Provision of milk for school children, 1934
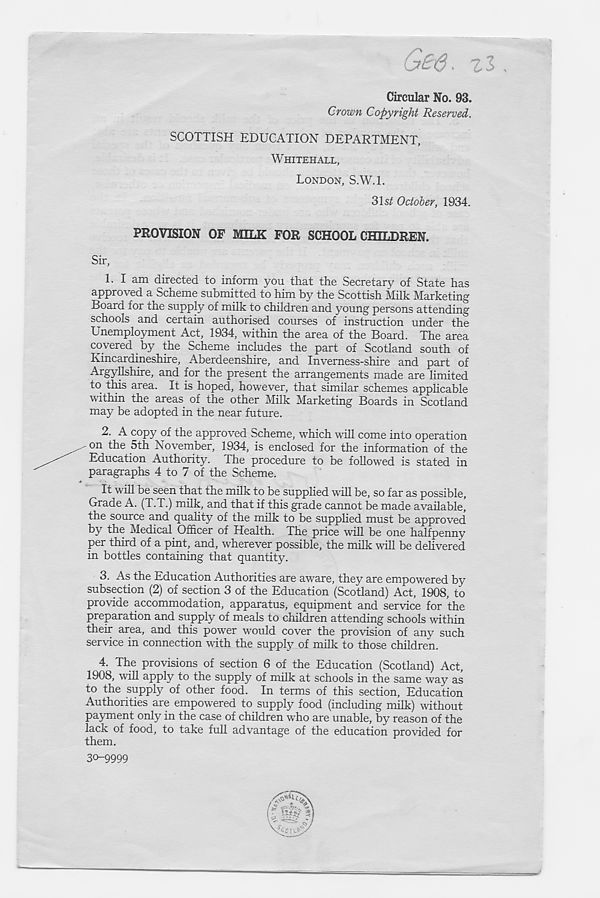
GB^, zi
Circular No. 93.
Crown Copyright Reserved.
SCOTTISH EDUCATION DEPARTMENT,
WHITEHALL,
LONDON, S.W.l.
31st October, 1934.
PROVISION OF MILK FOR SCHOOLCHILDREN.
Sir,
1. I am directed to inform you that the Secretary of State has
approved a Scheme submitted to him by the Scottish Milk Marketing
Board for the supply of milk to children and young persons attending
schools and certain authorised courses of instruction under the
Unemployment Act, 1934, within the area of the Board. The area
covered by the Scheme includes the part of Scotland south of
Kincardineshire, Aberdeenshire, and Inverness-shire and part of
Argyllshire, and for the present the arrangements made are limited
to this area. It is hoped, however, that similar schemes applicable
within the areas of the other Milk Marketing Boards in Scotland
may be adopted in the near future.
2. A copy of the approved Scheme, which will come into operation
on the 5th November, 1934, is enclosed for the information of the
Education Authority. The procedure to be followed is stated in
paragraphs 4 to 7 of the Scheme.
It will be seen that the milk to be supplied will be, so far as possible.
Grade A. (T.T.) milk, and that if this grade cannot be made available,
the source and quality of the milk to be supplied must be approved
by the Medical Officer of Health. The price will be one halfpenny
per third of a pint, and, wherever possible, the milk will be delivered
in bottles containing that quantity.
3. As the Education Authorities are aware, they are empowered by
subsection (2) of section 3 of the Education (Scotland) Act, 1908, to
provide accommodation, apparatus, equipment and service for the
preparation and supply of meals to children attending schools within
their area, and this power would cover the provision of any such
service in connection with the supply of milk to those children.
4. The provisions of section 6 of the Education (Scotland) Act,
1908, will apply to the supply of milk at schools in the same way as
to the supply of other food. In terms of this section, Education
Authorities are empowered to supply food (including milk) without
payment only in the case of children who are unable, by reason of the
lack of food, to take full advantage of the education provided for
them.
30-9999